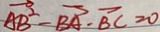
\overrightarrow { A B } ^ { 2 } - \overrightarrow { B A } - \overrightarrow { B C } = 0